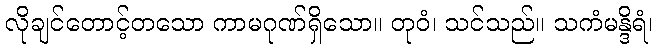
လိုချင်တောင့်တသော ကာမဂုဏ်ရှိသော။ တုဝံ၊ သင်သည်။ သကံမန္ဒိရံ၊